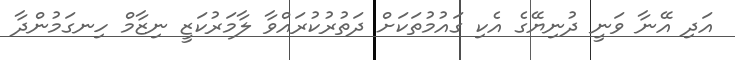
އަދި އޭނާ ވަނީ ދުނިޔޭގެ އެކި ގައުމުތަކަށް ދަތުރުކުރައްވާ ލާމަރުކަޒީ ނިޒާމް ހިނގަމުންދާ